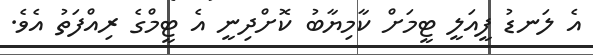
އެ ލަނޑު ފީއަލީ ޓީމަށް ކާމިޔާބު ކޮށްދިނީ އެ ޓީމްގެ ރިއްފަތު އެވެ.